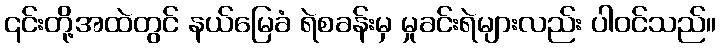
၎င်းတို့အထဲတွင် နယ်မြေခံ ရဲစခန်းမှ မှုခင်းရဲများလည်း ပါဝင်သည်။